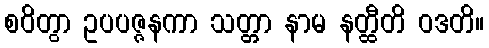
စဝိတွာ ဥပပဇ္ဇနကာ သတ္တာ နာမ နတ္ထီတိ ဝဒတိ။